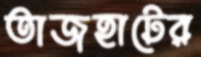
তাজহাটের